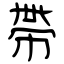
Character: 帶